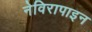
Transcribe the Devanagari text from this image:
नेविरापाइन